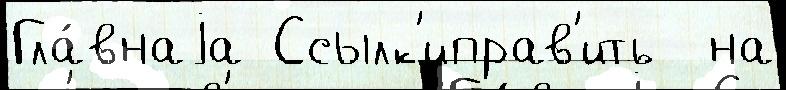
Гла́внаjа Ссылк'иправ'ить  на